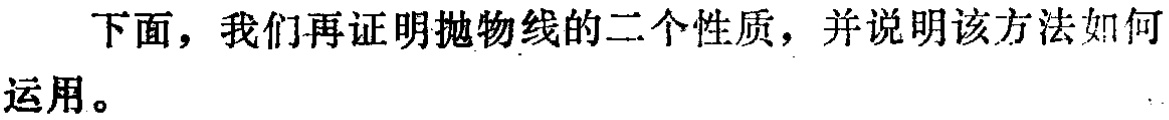
下面，我们再证明抛物线的二个性质，并说明该方法如何运用。